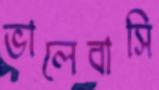
ভালেবাসি